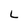
Character: L